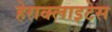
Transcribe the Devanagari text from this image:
हेराक्लाइटेस